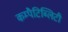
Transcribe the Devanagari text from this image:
कम्पैटिब्लिटी